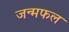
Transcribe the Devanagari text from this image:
जन्मफल